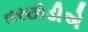
તરછોડીએ